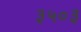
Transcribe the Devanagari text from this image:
३५०३